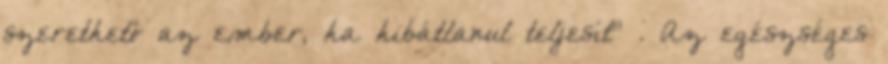
szerethető az ember, ha hibátlanul teljesít” . Az egészséges